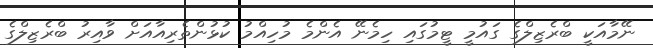
ނޭމާއަކީ ބްރެޒިލްގެ ގައުމީ ޓީމުގައި ހިމެނޭ އެންމެ މުހިއްމު ކުޅުންތެރިއާއަށް ވާއިރު ބްރެޒިލްގެ